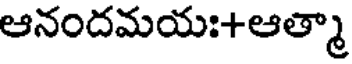
ఆనందమయః+ఆత్మా